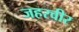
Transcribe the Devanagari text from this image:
जहरवीर